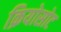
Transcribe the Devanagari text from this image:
क्रियोसोट